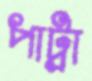
পাট্রা